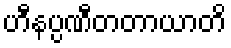
ဟီနပ္ပဏီတတာယာတိ